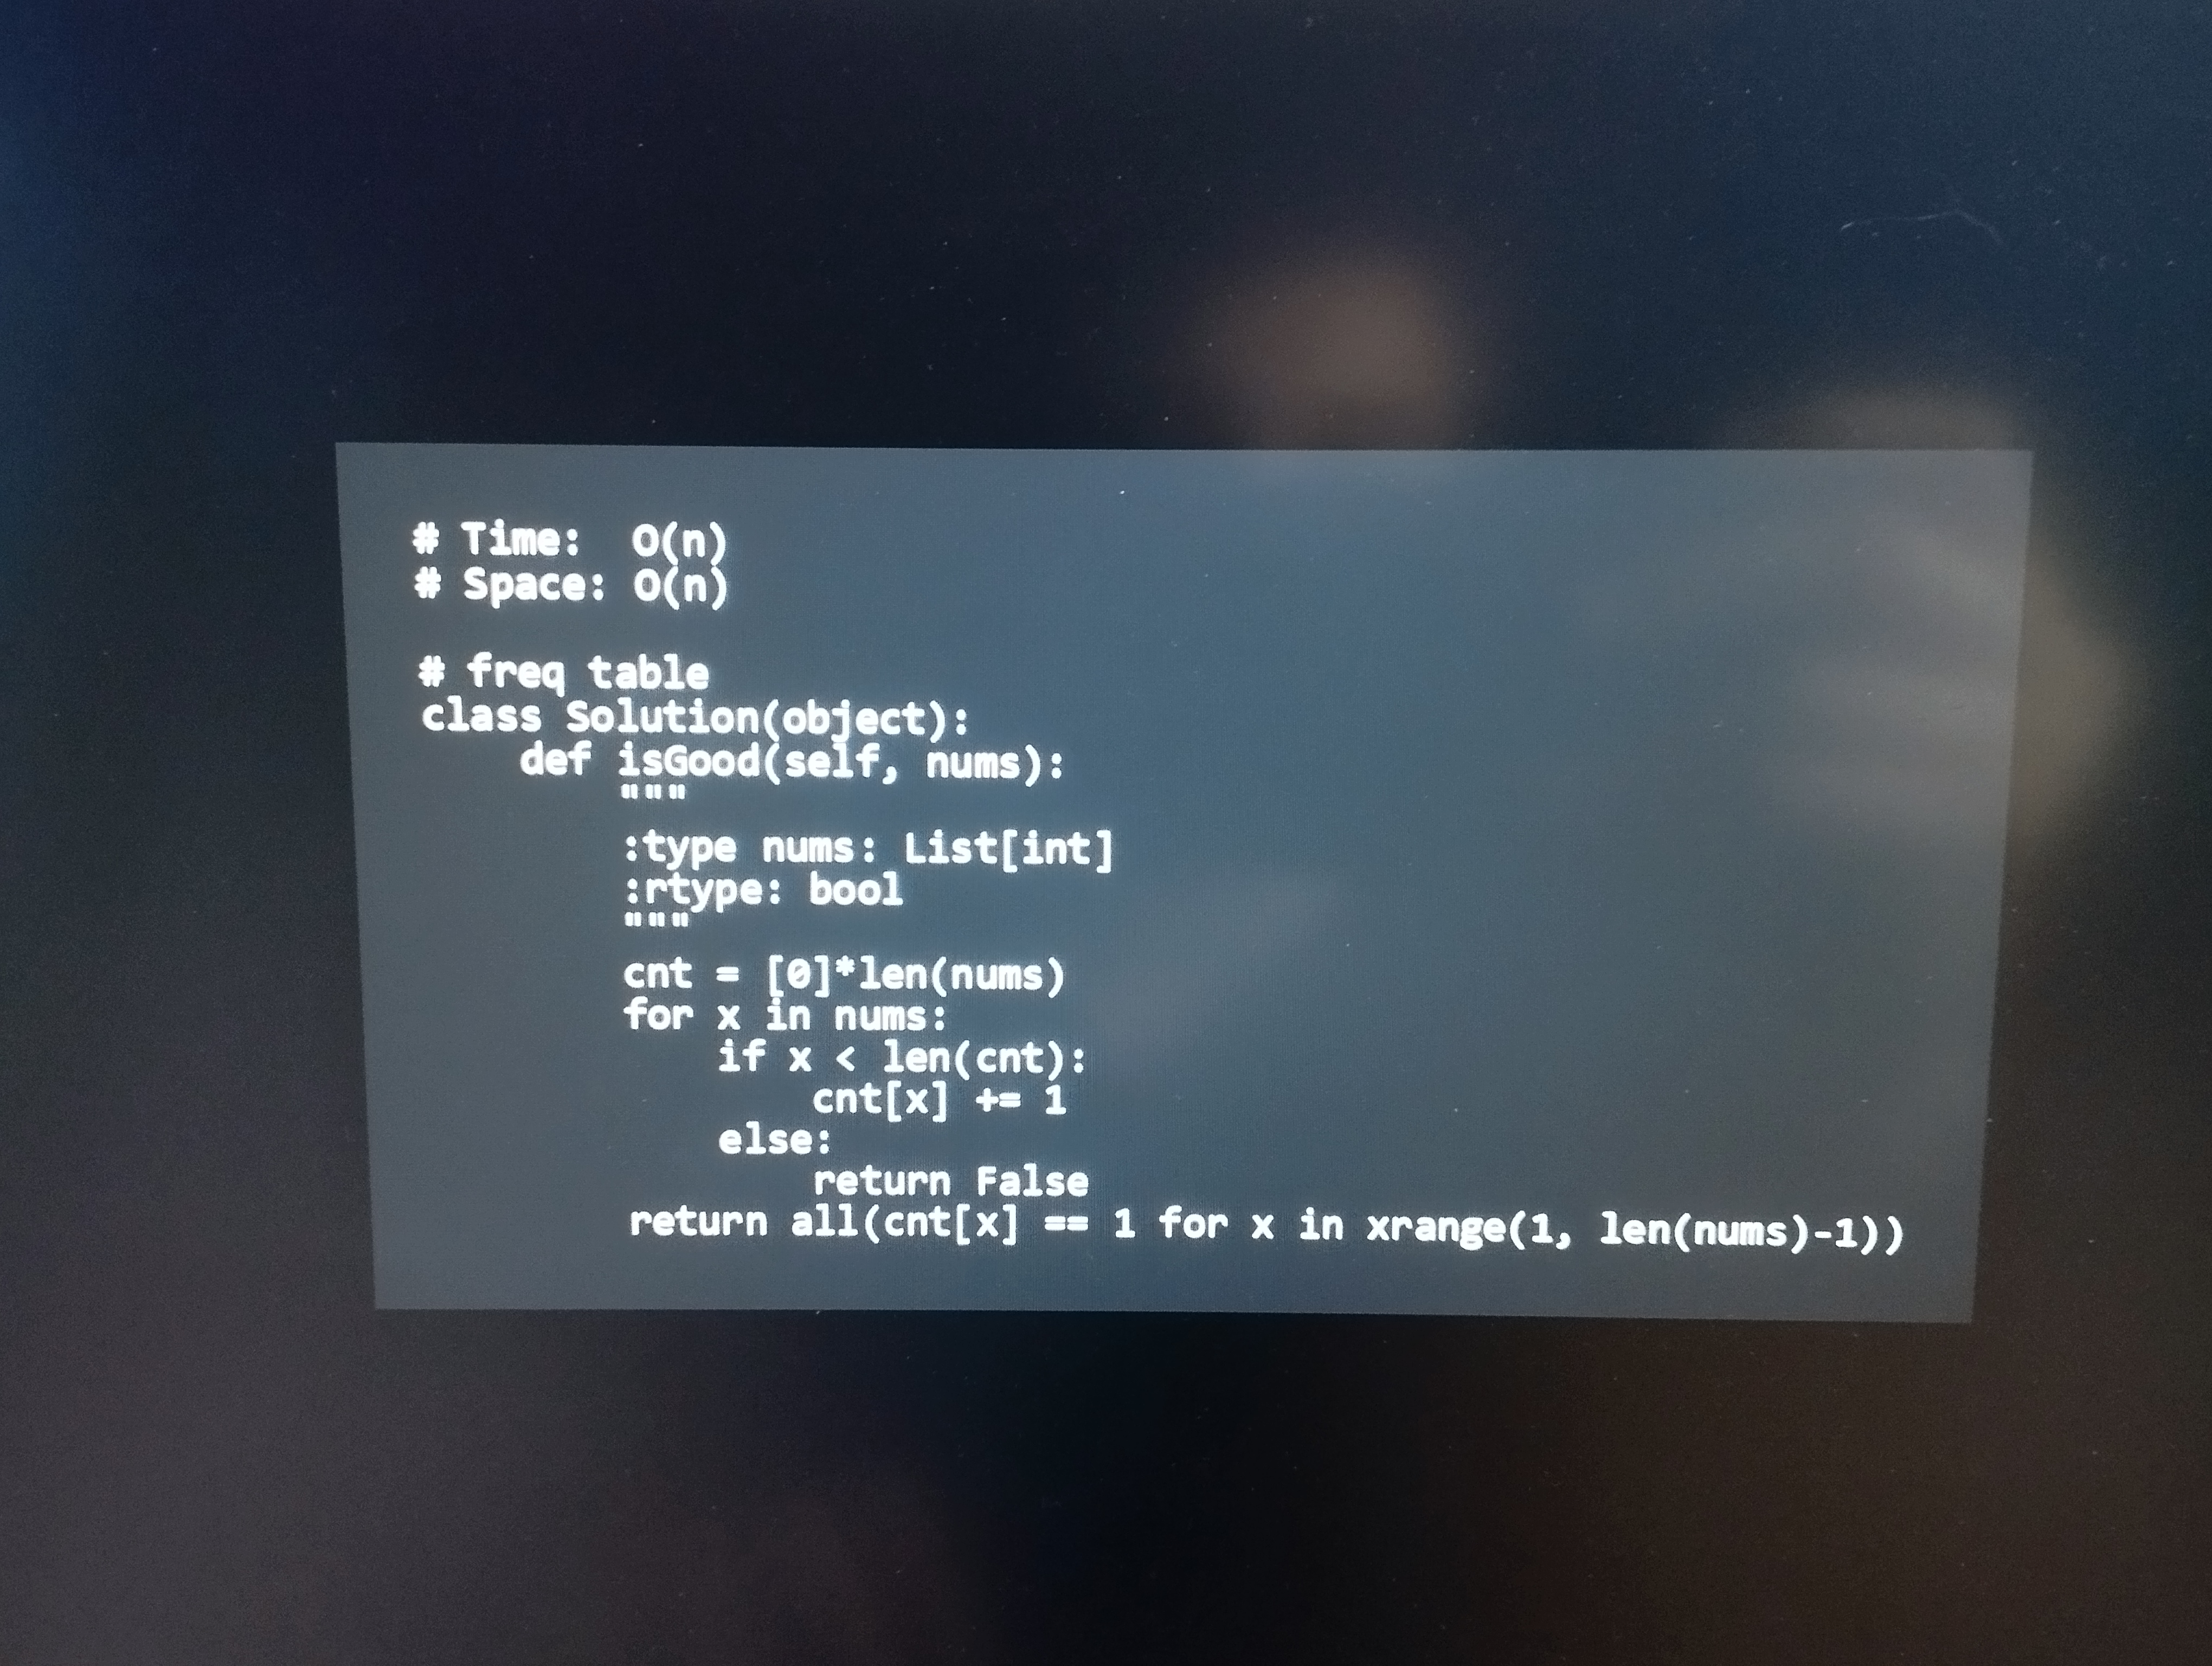
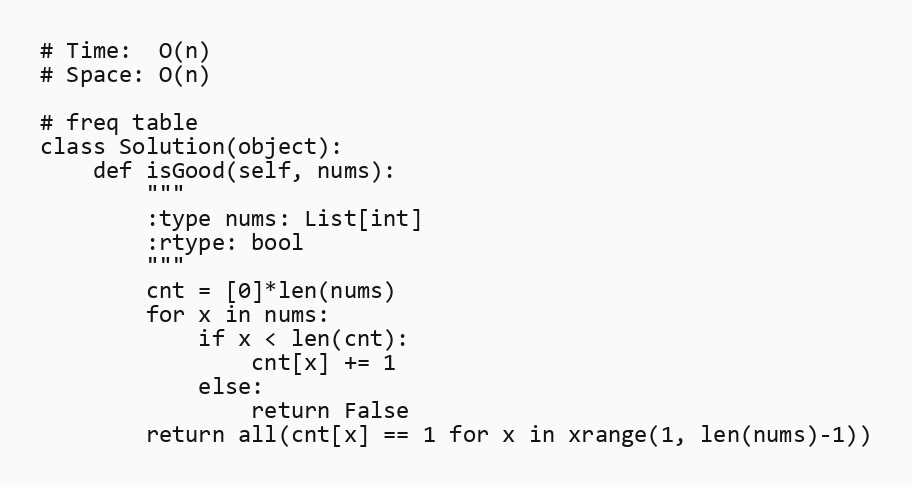
# Time:  O(n)
# Space: O(n)

# freq table
class Solution(object):
    def isGood(self, nums):
        """
        :type nums: List[int]
        :rtype: bool
        """
        cnt = [0]*len(nums)
        for x in nums:
            if x < len(cnt):
                cnt[x] += 1
            else:
                return False
        return all(cnt[x] == 1 for x in xrange(1, len(nums)-1))